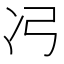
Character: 𮰆